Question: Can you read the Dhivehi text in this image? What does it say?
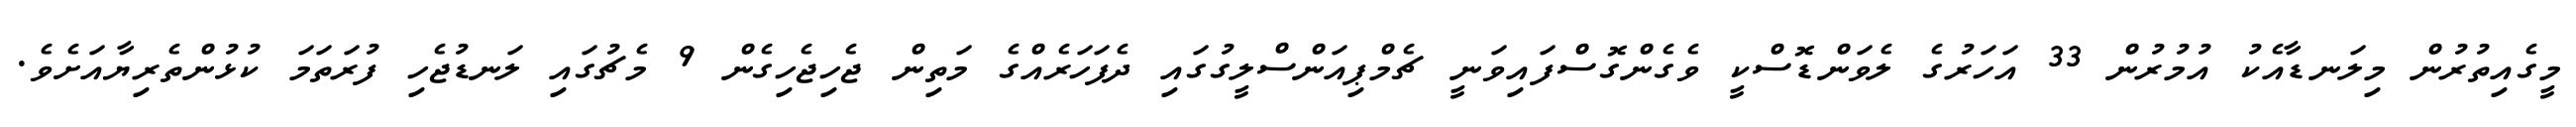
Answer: މީގެއިތުރުން މިލަނޑާއެކު އުމުރުން 33 އަހަރުގެ ލެވަންޑޮސްކީ ވެގެންގޮސްފައިވަނީ ޗެމްޕިއަންސްލީގުގައި ދެފަހަރެއްގެ މަތިން ޖެހިޖެހިގެން 9 މެޗުގައި ލަނޑުޖެހި ފުރަތަމަ ކުޅުންތެރިޔާއަށެވެ.